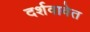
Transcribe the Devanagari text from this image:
दर्शवावेत